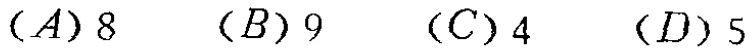
$(A)8\quad (B)9\quad (C)4\quad (D)5$